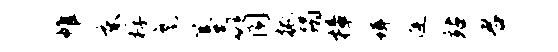
帷床桴麾薹筒振蹋樟珥逄站君